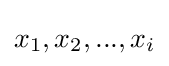
{x_{1},x_{2},...,x_{i}}